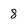
Character: 8